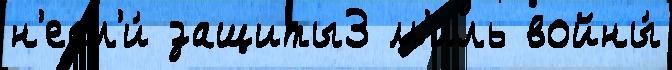
н'есл'и́ защиты3 м'иль войны́